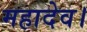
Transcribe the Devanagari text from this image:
महादेव।